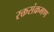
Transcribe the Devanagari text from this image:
रक्तसंक्रमण